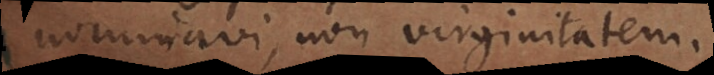
nominavi, non virginitatem.